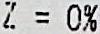
Z = 0%